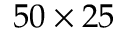
5 0 \times 2 5